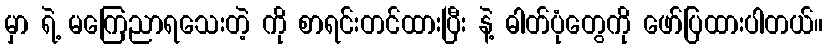
မှာ ရဲ့ မကြေညာရသေးတဲ့ ကို စာရင်းတင်ထားပြီး နဲ့ ဓါတ်ပုံတွေကို ဖော်ပြထားပါတယ်။